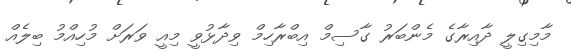
މާމިގިލީ ދާއިރާގެ މެންބަރު ގާސިމް އިބްރާހިމް ވިދާޅުވީ މިއީ ވަރަށް މުހިއްމު ބިލެއް